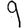
Digit: 9